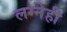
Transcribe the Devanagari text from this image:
लग्नेही